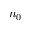
n _ { 0 }